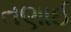
તણાઈ